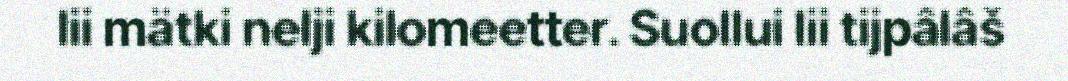
lii mätki nelji kilomeetter. Suollui lii tijpâlâš